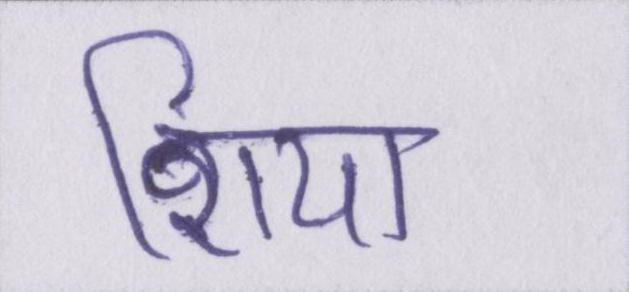
शिया